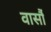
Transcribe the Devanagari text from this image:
वार्सौ